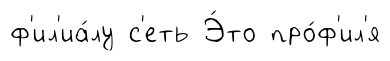
ф'ил'иа́лу с'еть Э́то про́ф'ил'я